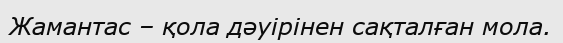
Жамантас – қола дәуірінен сақталған мола.